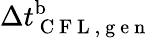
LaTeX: {\Delta t_{\mathrm{~C~F~L~,~g~e~n~}}^{\mathrm{b}}}